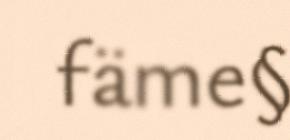
fäme§